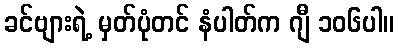
ခင်ဗျားရဲ့ မှတ်ပုံတင် နံပါတ်က ဂျီ ၁၀၆ပါ။